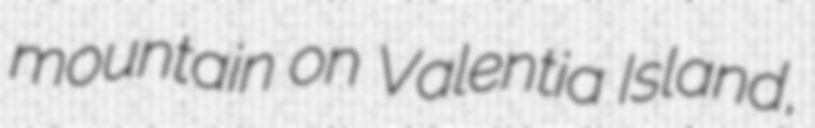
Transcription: mountain on Valentia Island,